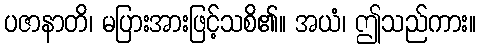
ပဇာနာတိ၊ မပြားအားဖြင့်သစိ၏။ အယံ၊ ဤသည်ကား။